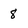
Character: 8